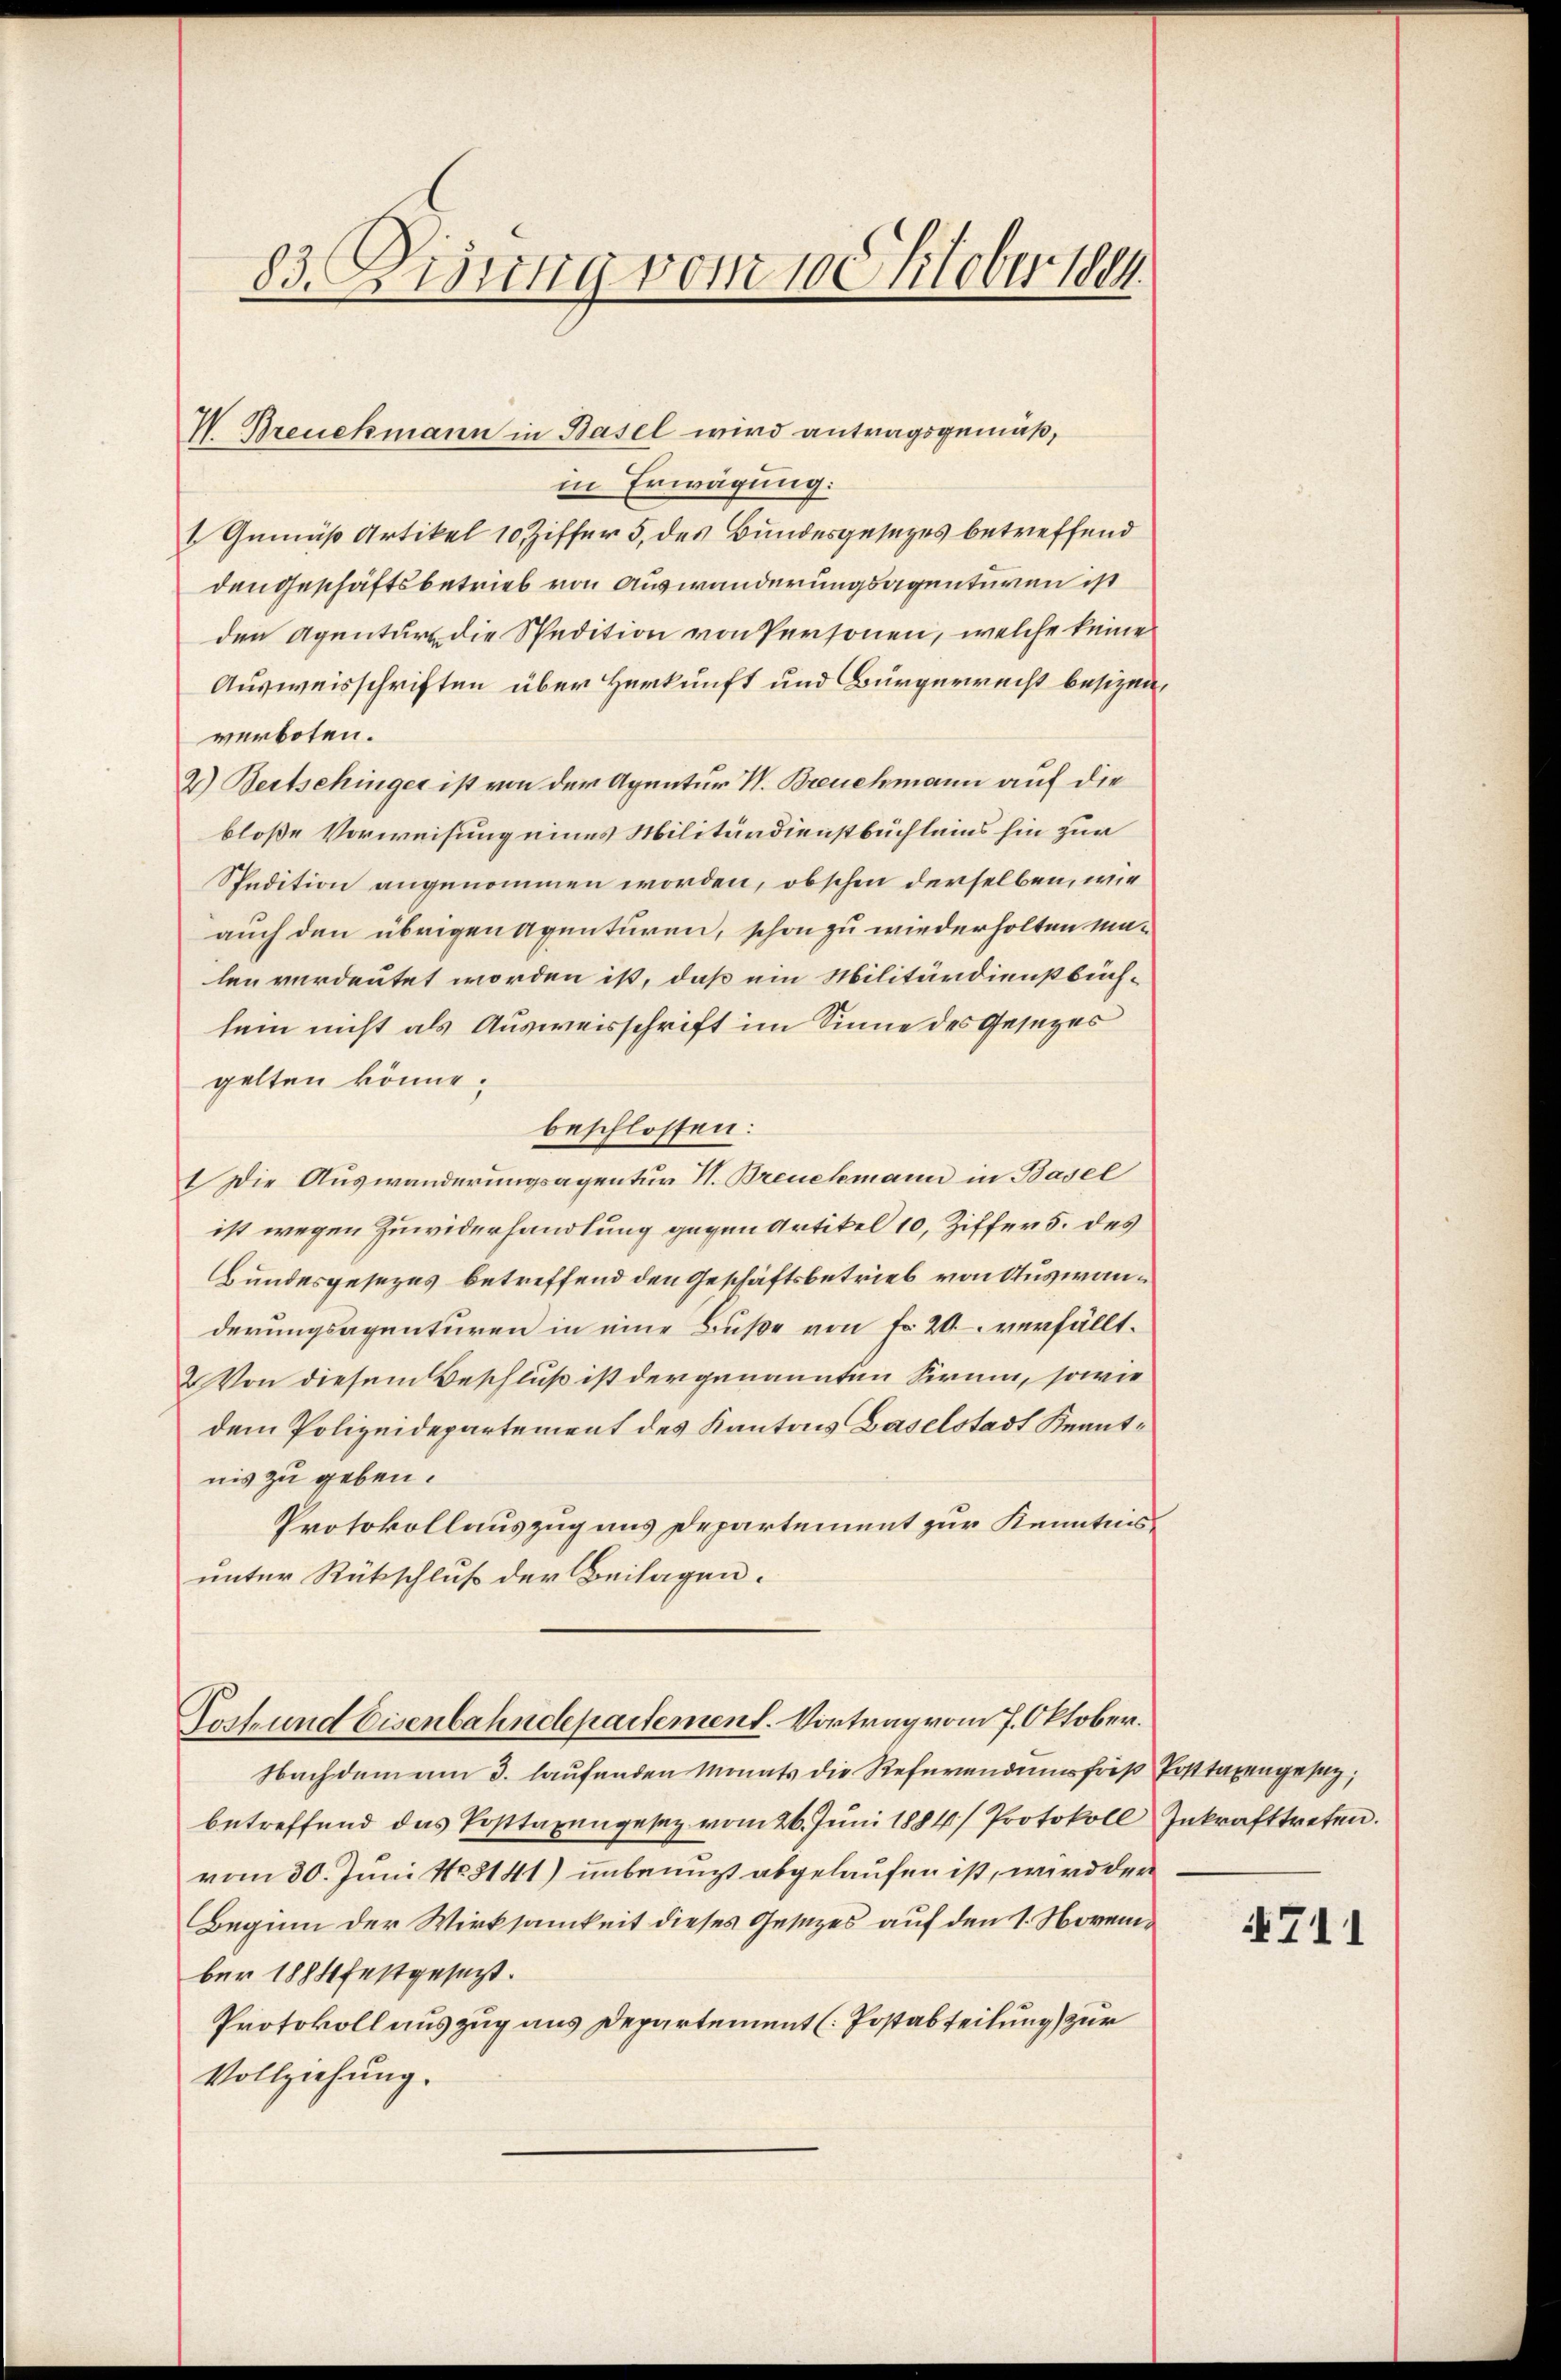
83. Eidung vom 10 Oktober 1884

V Breuckmann in Basel wird antragsgemäß,
in Erwägung:
1 Gemäß Artikel 10 Ziffer 5. des Bundesgesezes betreffend
dengeschäftsbetrieb von Auswanderungsagenturen ist
den Agentur die Spedition von Personen, welche keine
Ausweisschriften über Herkunft und Bürgerecht besizen
verboten.
2) Bertschinger ist von der Agentur V. Breuchmann auf die
bloße Vorweisung eines Militärdienstbuchleins hin zur
Spedition angenommen worden, obschon derselben, wie
auch den übrigen Agenturen, schon zu wiederholten malen verdeutet worden ist, daß ein Militärdienstbüchsein nicht als Ausweisschrift im Sinne des Gesezes
gelten könne.
beschlossen:
1 Die Auswanderungsagentur H. Breuchmann in Basel
ist wegen Zuwiderhandlung gegen Artikel 10, Ziffer 5. des
Bundesgesezes betreffend den Geschäftsbetrieb von Auswanderungsagenturen in eine Buße von Fr. 20 verfällt.
2 Von diesem Beschluß ist dergenannten Sirnen, sowie
dem Polizeidepartement des Kantons Baselstadt Beantnis zu geben.
Protokollauszug uns Departement zur Kenntnis
unter Rückschluß der Beilagen.
Torf und Eisenbahndepartement. Vortrag vom 7. Oktober.
Nachdem am 3. laufenden Monats die Referendumsfris Posttaxengesag
betreffend das Posttaxengesez vom 26. Juni 1884) Protokoll
vom 30. Juni No 8141) unbenuzt abgelaufen ist, wird der
Beginn der Wirksamkeit dieses Gesezes auf den 1. November 1884 festgesezt.
Protokoll auszug aus Departement (Postabteilung) zur
Vollziehung.

Inkrafttreten.

4711